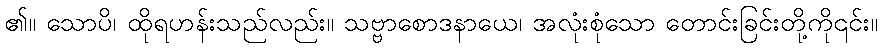
၏။ သောပိ၊ ထိုရဟန်းသည်လည်း။ သဗ္ဗာစောဒနာယေ၊ အလုံးစုံသော တောင်းခြင်းတို့ကို၎င်း။